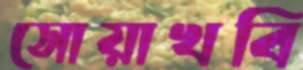
সোয়াখবি